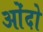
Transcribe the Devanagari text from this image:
ओंदो